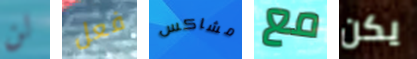
لن فعل مشاكس مع يكن